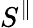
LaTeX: S^{\parallel}